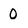
Character: 0